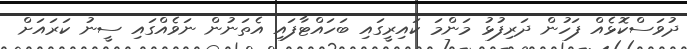
ދުވަސްކޮޅެއް ފަހުން ދަރިފުޅު މަންމަ ކައިރީގައި ބަހައްޓާފައި އެތަނުން ނަވެއްގައި ސީނު ކަރައަށް